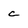
Character: c